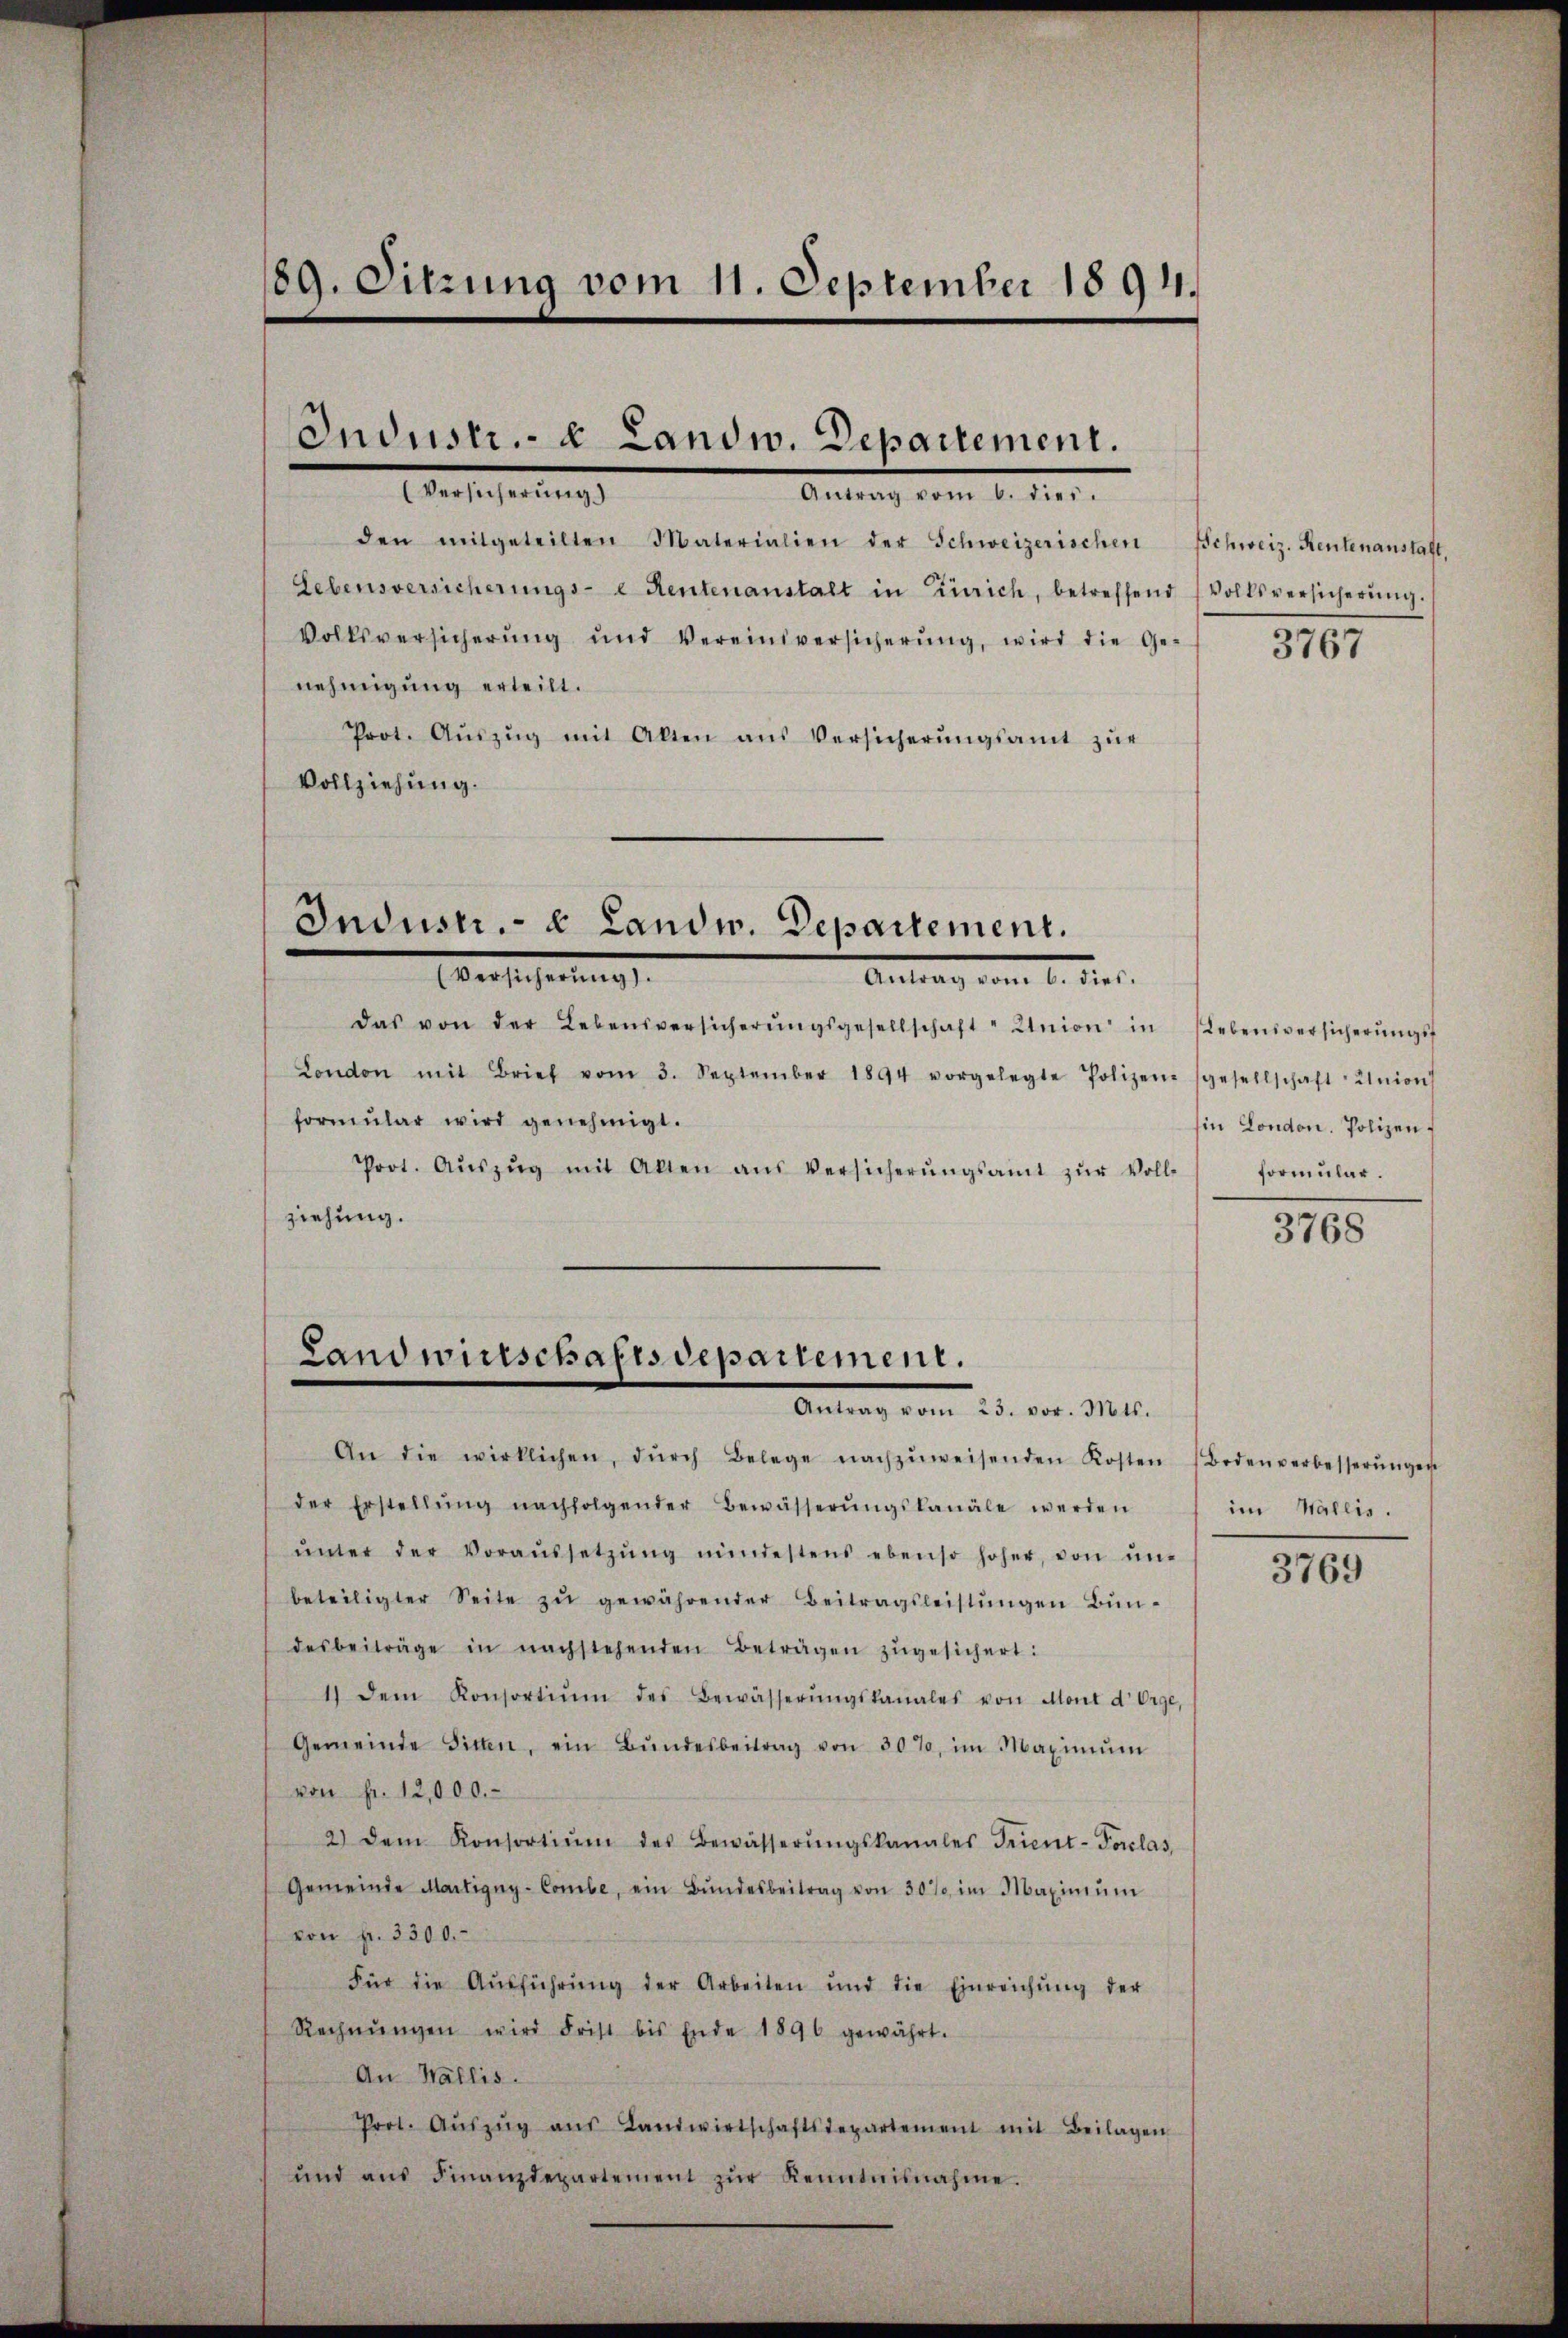
189. Sitzung vom 11. September 1894.

Industr. u Landw. Departement.
Versicherung
Antrag vom 1. der

den mitgeteilten Materialien der Schweizerischen Schweiz. Rentenanstalt,
Lebensversicherŭngs- Rentenanstalt in Zürich, betreffend Volksversicherŭng.
Volksversicherŭng und Vereiniversicherŭng, wird die Ge-
nehmigung erteilt.
Prot. Aŭszŭg mit Alten aus Versicherŭngsamt zŭr
Vollziehung.

Industr. e. Landw. Departement.
Versicherung
Antrag vom 6. dies.

Das von der Lebensversicherŭngsgesellschaft Union in Lebensversicherŭngsf
London mit Brief vom 3. September 1894 vorgelegte Polizei (gesellschaft Union
formŭlar wird genehmigt.
Prot. Aŭszŭg mit Akten aus Versicherŭngsamt zŭr Voll-
ziehung.

Landwirtschaftsdepartement.
Antrag vom 25. vor. Mts.

An die wirklichen, dŭrch Belege nachzŭweisenden Kosten Bodenverbesserŭngen
der Erstellŭng nachfolgender Bewässerŭngskanäle werden
ŭnter der Voraŭssetzŭng mindestens ebenso hoher, von ŭn-
beteiligter Seite zŭ gewährender Beitragsleistŭngen Bündesbeiträge in nachstehenden Betragen zŭgesichert:
1) dem Konsortiŭm des Bewässerŭngskanales von Mont d’Orge,
Gemeinde Sitten, ein Bŭndesbeitrag von 30%, im Maximŭm
von fr. 12,000.
2) dem Konsortiŭm des Bewässerŭngskanales Trient-Porclas
Gemeinde Martigny-Combe, ein Bŭndesbeitrag von 30% im Maximŭm
von fr. 3300.
Für die Aŭsführŭng der Arbeiten und die Einreichŭng der
Rechnŭngen wird Frist bis Ende 1890 gewährt.
An Wallis.
Prot. Aŭszŭg aŭs Landwirtschaftsdepartement mit Beilagen
und aŭs Finanzdepartement zŭr Kenntnisnahme.

3767

Ein London. Polizei.
formular.

3768

im Wallis.

3769